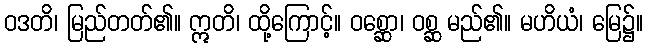
ဝဒတိ၊ မြည်တတ်၏။ ဣတိ၊ ထို့ကြောင့်။ ဝစ္ဆော၊ ဝစ္ဆ မည်၏။ မဟိယံ၊ မြေ၌။